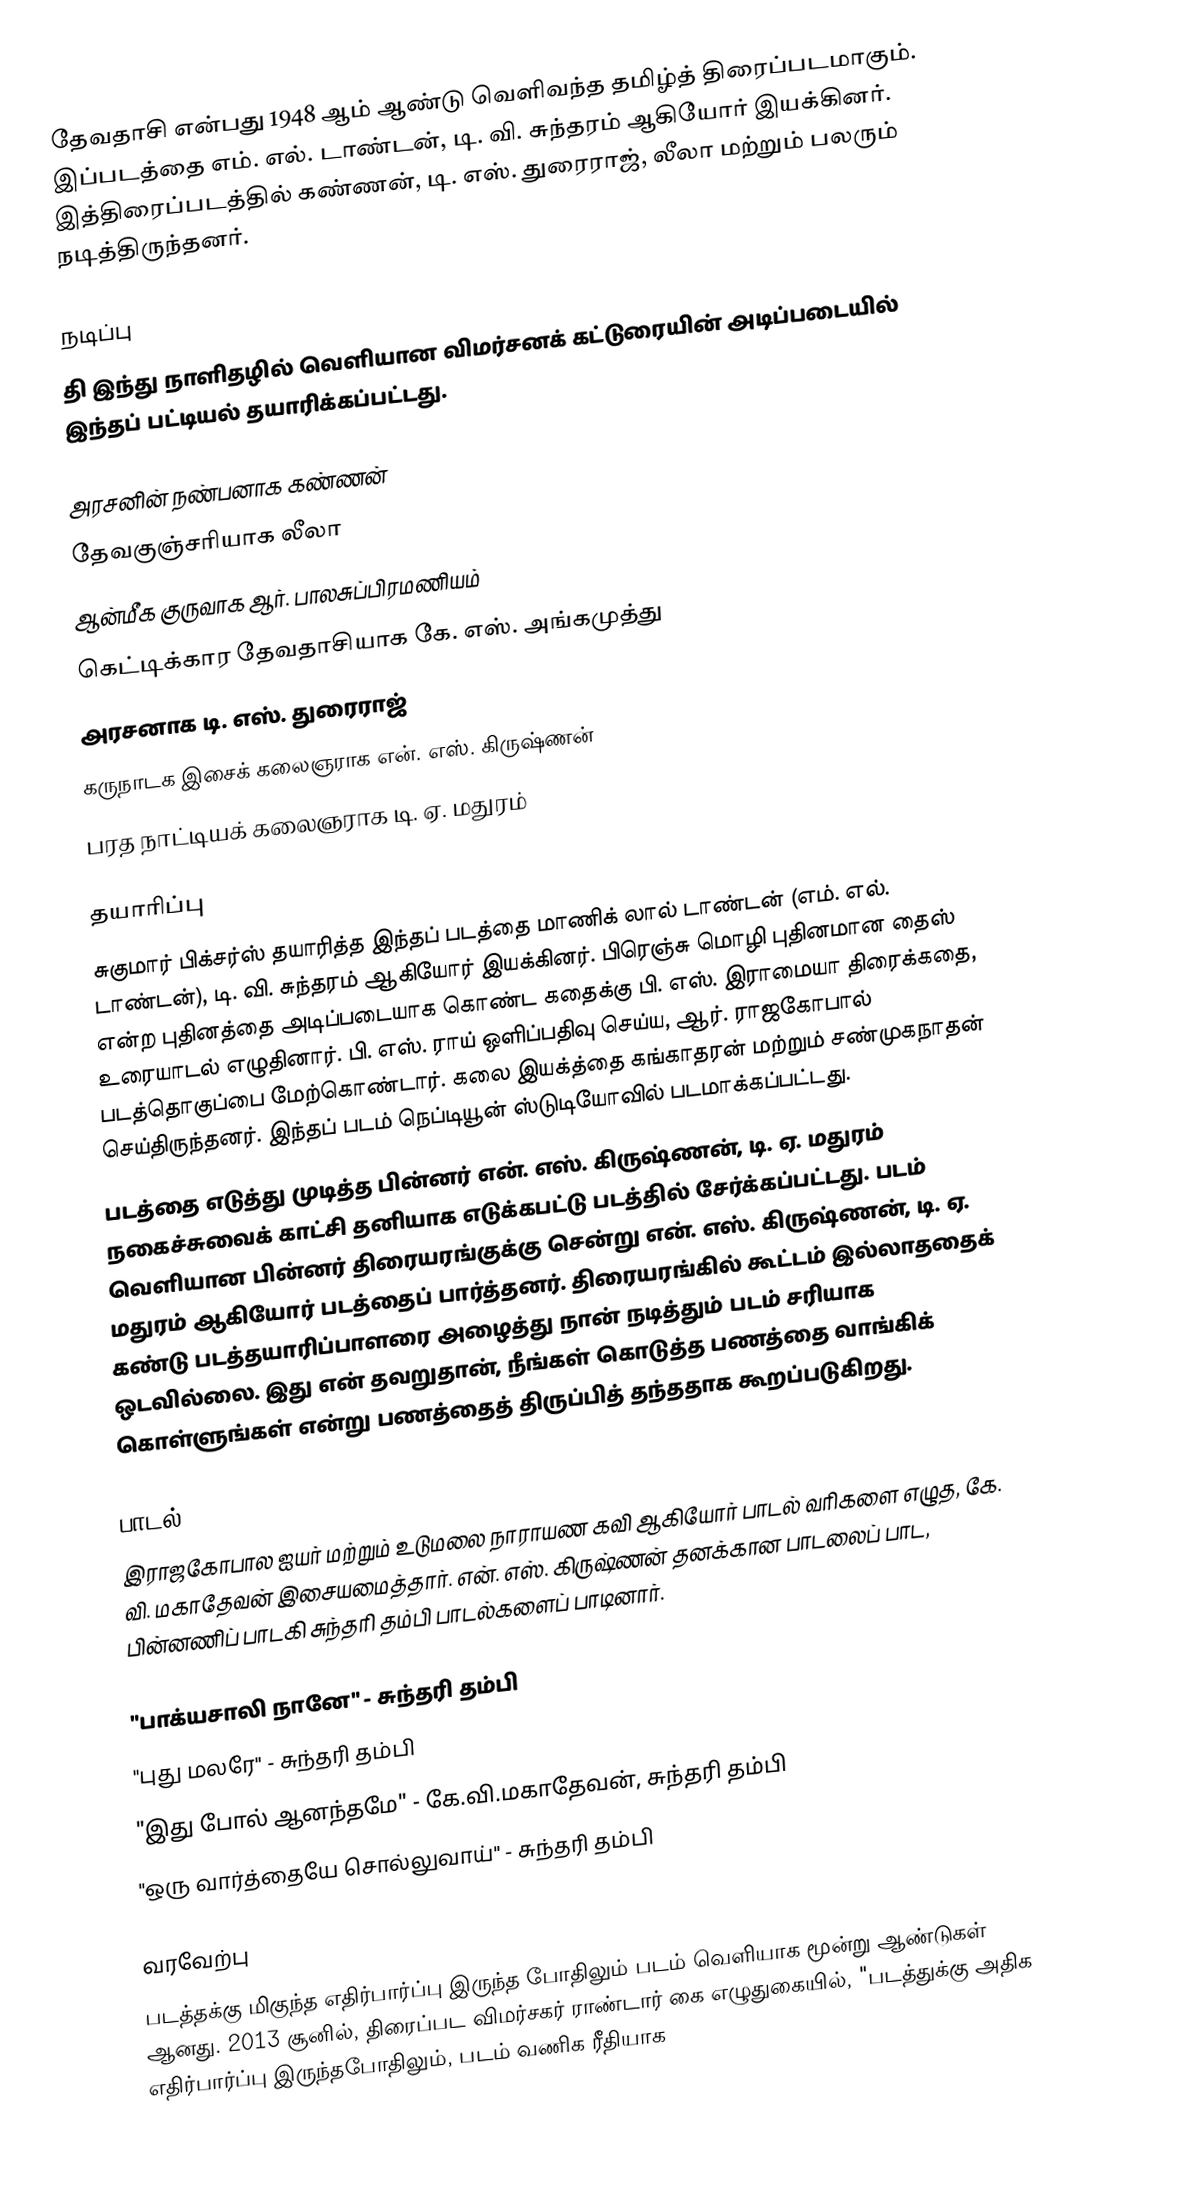
தேவதாசி என்பது 1948 ஆம் ஆண்டு வெளிவந்த தமிழ்த் திரைப்படமாகும். இப்படத்தை எம். எல். டாண்டன், டி. வி. சுந்தரம் ஆகியோர் இயக்கினர். இத்திரைப்படத்தில் கண்ணன், டி. எஸ். துரைராஜ், லீலா மற்றும் பலரும் நடித்திருந்தனர்.

நடிப்பு
தி இந்து நாளிதழில் வெளியான விமர்சனக் கட்டுரையின் அடிப்படையில் இந்தப் பட்டியல் தயாரிக்கப்பட்டது.

அரசனின் நண்பனாக கண்ணன்
தேவகுஞ்சரியாக லீலா
ஆன்மீக குருவாக ஆர். பாலசுப்பிரமணியம்
கெட்டிக்கார தேவதாசியாக கே. எஸ். அங்கமுத்து
அரசனாக டி. எஸ். துரைராஜ்
கருநாடக இசைக் கலைஞராக என். எஸ். கிருஷ்ணன்
பரத நாட்டியக் கலைஞராக டி. ஏ. மதுரம்

தயாரிப்பு
சுகுமார் பிக்சர்ஸ் தயாரித்த இந்தப் படத்தை மாணிக் லால் டாண்டன் (எம். எல். டாண்டன்), டி. வி. சுந்தரம் ஆகியோர் இயக்கினர். பிரெஞ்சு மொழி புதினமான தைஸ் என்ற புதினத்தை அடிப்படையாக கொண்ட கதைக்கு பி. எஸ். இராமையா  திரைக்கதை, உரையாடல் எழுதினார். பி. எஸ். ராய் ஒளிப்பதிவு செய்ய, ஆர். ராஜகோபால் படத்தொகுப்பை மேற்கொண்டார். கலை இயக்த்தை கங்காதரன் மற்றும் சண்முகநாதன் செய்திருந்தனர். இந்தப் படம் நெப்டியூன் ஸ்டுடியோவில் படமாக்கப்பட்டது.
படத்தை எடுத்து முடித்த பின்னர் என். எஸ். கிருஷ்ணன், டி. ஏ. மதுரம் நகைச்சுவைக் காட்சி தனியாக எடுக்கபட்டு படத்தில் சேர்க்கப்பட்டது. படம் வெளியான பின்னர் திரையரங்குக்கு சென்று என். எஸ். கிருஷ்ணன், டி. ஏ. மதுரம் ஆகியோர் படத்தைப் பார்த்தனர். திரையரங்கில் கூட்டம் இல்லாததைக் கண்டு படத்தயாரிப்பாளரை அழைத்து நான் நடித்தும் படம் சரியாக ஒடவில்லை. இது என் தவறுதான், நீங்கள் கொடுத்த பணத்தை வாங்கிக் கொள்ளுங்கள் என்று பணத்தைத் திருப்பித் தந்ததாக கூறப்படுகிறது.

பாடல்
இராஜகோபால ஐயர் மற்றும் உடுமலை நாராயண கவி ஆகியோர் பாடல் வரிகளை எழுத, கே. வி. மகாதேவன் இசையமைத்தார். என். எஸ். கிருஷ்ணன் தனக்கான பாடலைப் பாட, பின்னணிப் பாடகி சுந்தரி தம்பி பாடல்களைப் பாடினார்.

"பாக்யசாலி நானே" - சுந்தரி தம்பி
"புது மலரே" - சுந்தரி தம்பி
"இது போல் ஆனந்தமே" - கே.வி.மகாதேவன், சுந்தரி தம்பி
"ஒரு வார்த்தையே சொல்லுவாய்" - சுந்தரி தம்பி

வரவேற்பு
படத்தக்கு மிகுந்த எதிர்பார்ப்பு இருந்த போதிலும் படம் வெளியாக மூன்று ஆண்டுகள் ஆனது. 2013 சூனில், திரைப்பட விமர்சகர் ராண்டார் கை எழுதுகையில், "படத்துக்கு அதிக எதிர்பார்ப்பு இருந்தபோதிலும், படம் வணிக ரீதியாக